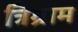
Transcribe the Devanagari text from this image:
त्रिग्राम